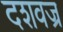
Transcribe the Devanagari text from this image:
दशवज्र